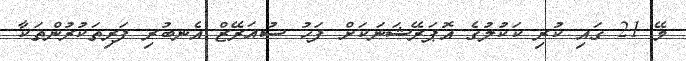
މޭ 21 ގައި ކުރި ކަކުލުގެ އޮޕަރޭޝަނަކަށް ފަހު ސުއަރޭޒް އެނބުރި ފަރިތަކުރުންތަކާ